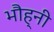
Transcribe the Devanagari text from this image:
भौह्नी